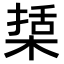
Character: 𣕔